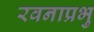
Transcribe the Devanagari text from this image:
रवनाप्रभु